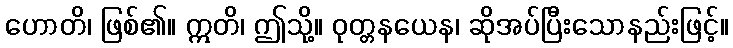
ဟောတိ၊ ဖြစ်၏။ ဣတိ၊ ဤသို့။ ဝုတ္တနယေန၊ ဆိုအပ်ပြီးသောနည်းဖြင့်။